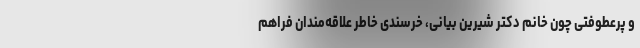
و پرعطوفتی چون خانم دکتر شیرین بیانی، خرسندی خاطر علاقه‌مندان فراهم